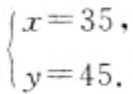
\(\begin{cases}

x = 35,\\

y = 45.

\end{cases}\)